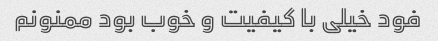
فود خیلی با کیفیت و خوب بود ممنونم